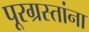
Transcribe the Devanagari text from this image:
पूरग्रस्‍तांना